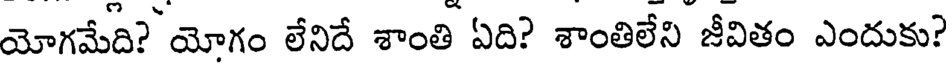
యోగమేది? యోగం లేనిదే శాంతి ఏది? శాంతిలేని జీవితం ఎందుకు?